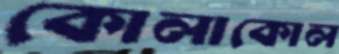
কোলাকোল